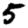
Digit: 5